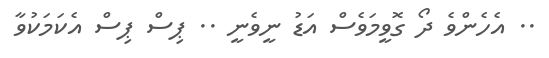
.. އެހެންވެ ދޯ ގޮވީމަވެސް އަޑު ނީވެނީ .. ޕިސް ޕިސް އެކަމަކުވާ